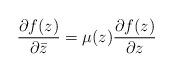
LaTeX: \begin{align*}\frac{\partial{f(z)}}{\partial{\bar{z}}} = \mu(z)\frac{\partial{f(z)}}{\partial z}\end{align*}